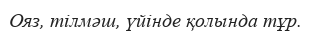
Ояз, тілмәш, үйінде қолында тұр.